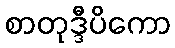
စာတုဒ္ဒီပိကော